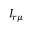
I _ { r \mu }